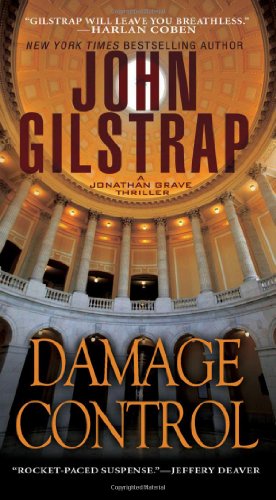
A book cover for Damage Control (A Jonathan Grave Thriller); John Gilstrap; Mystery, Thriller & Suspense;